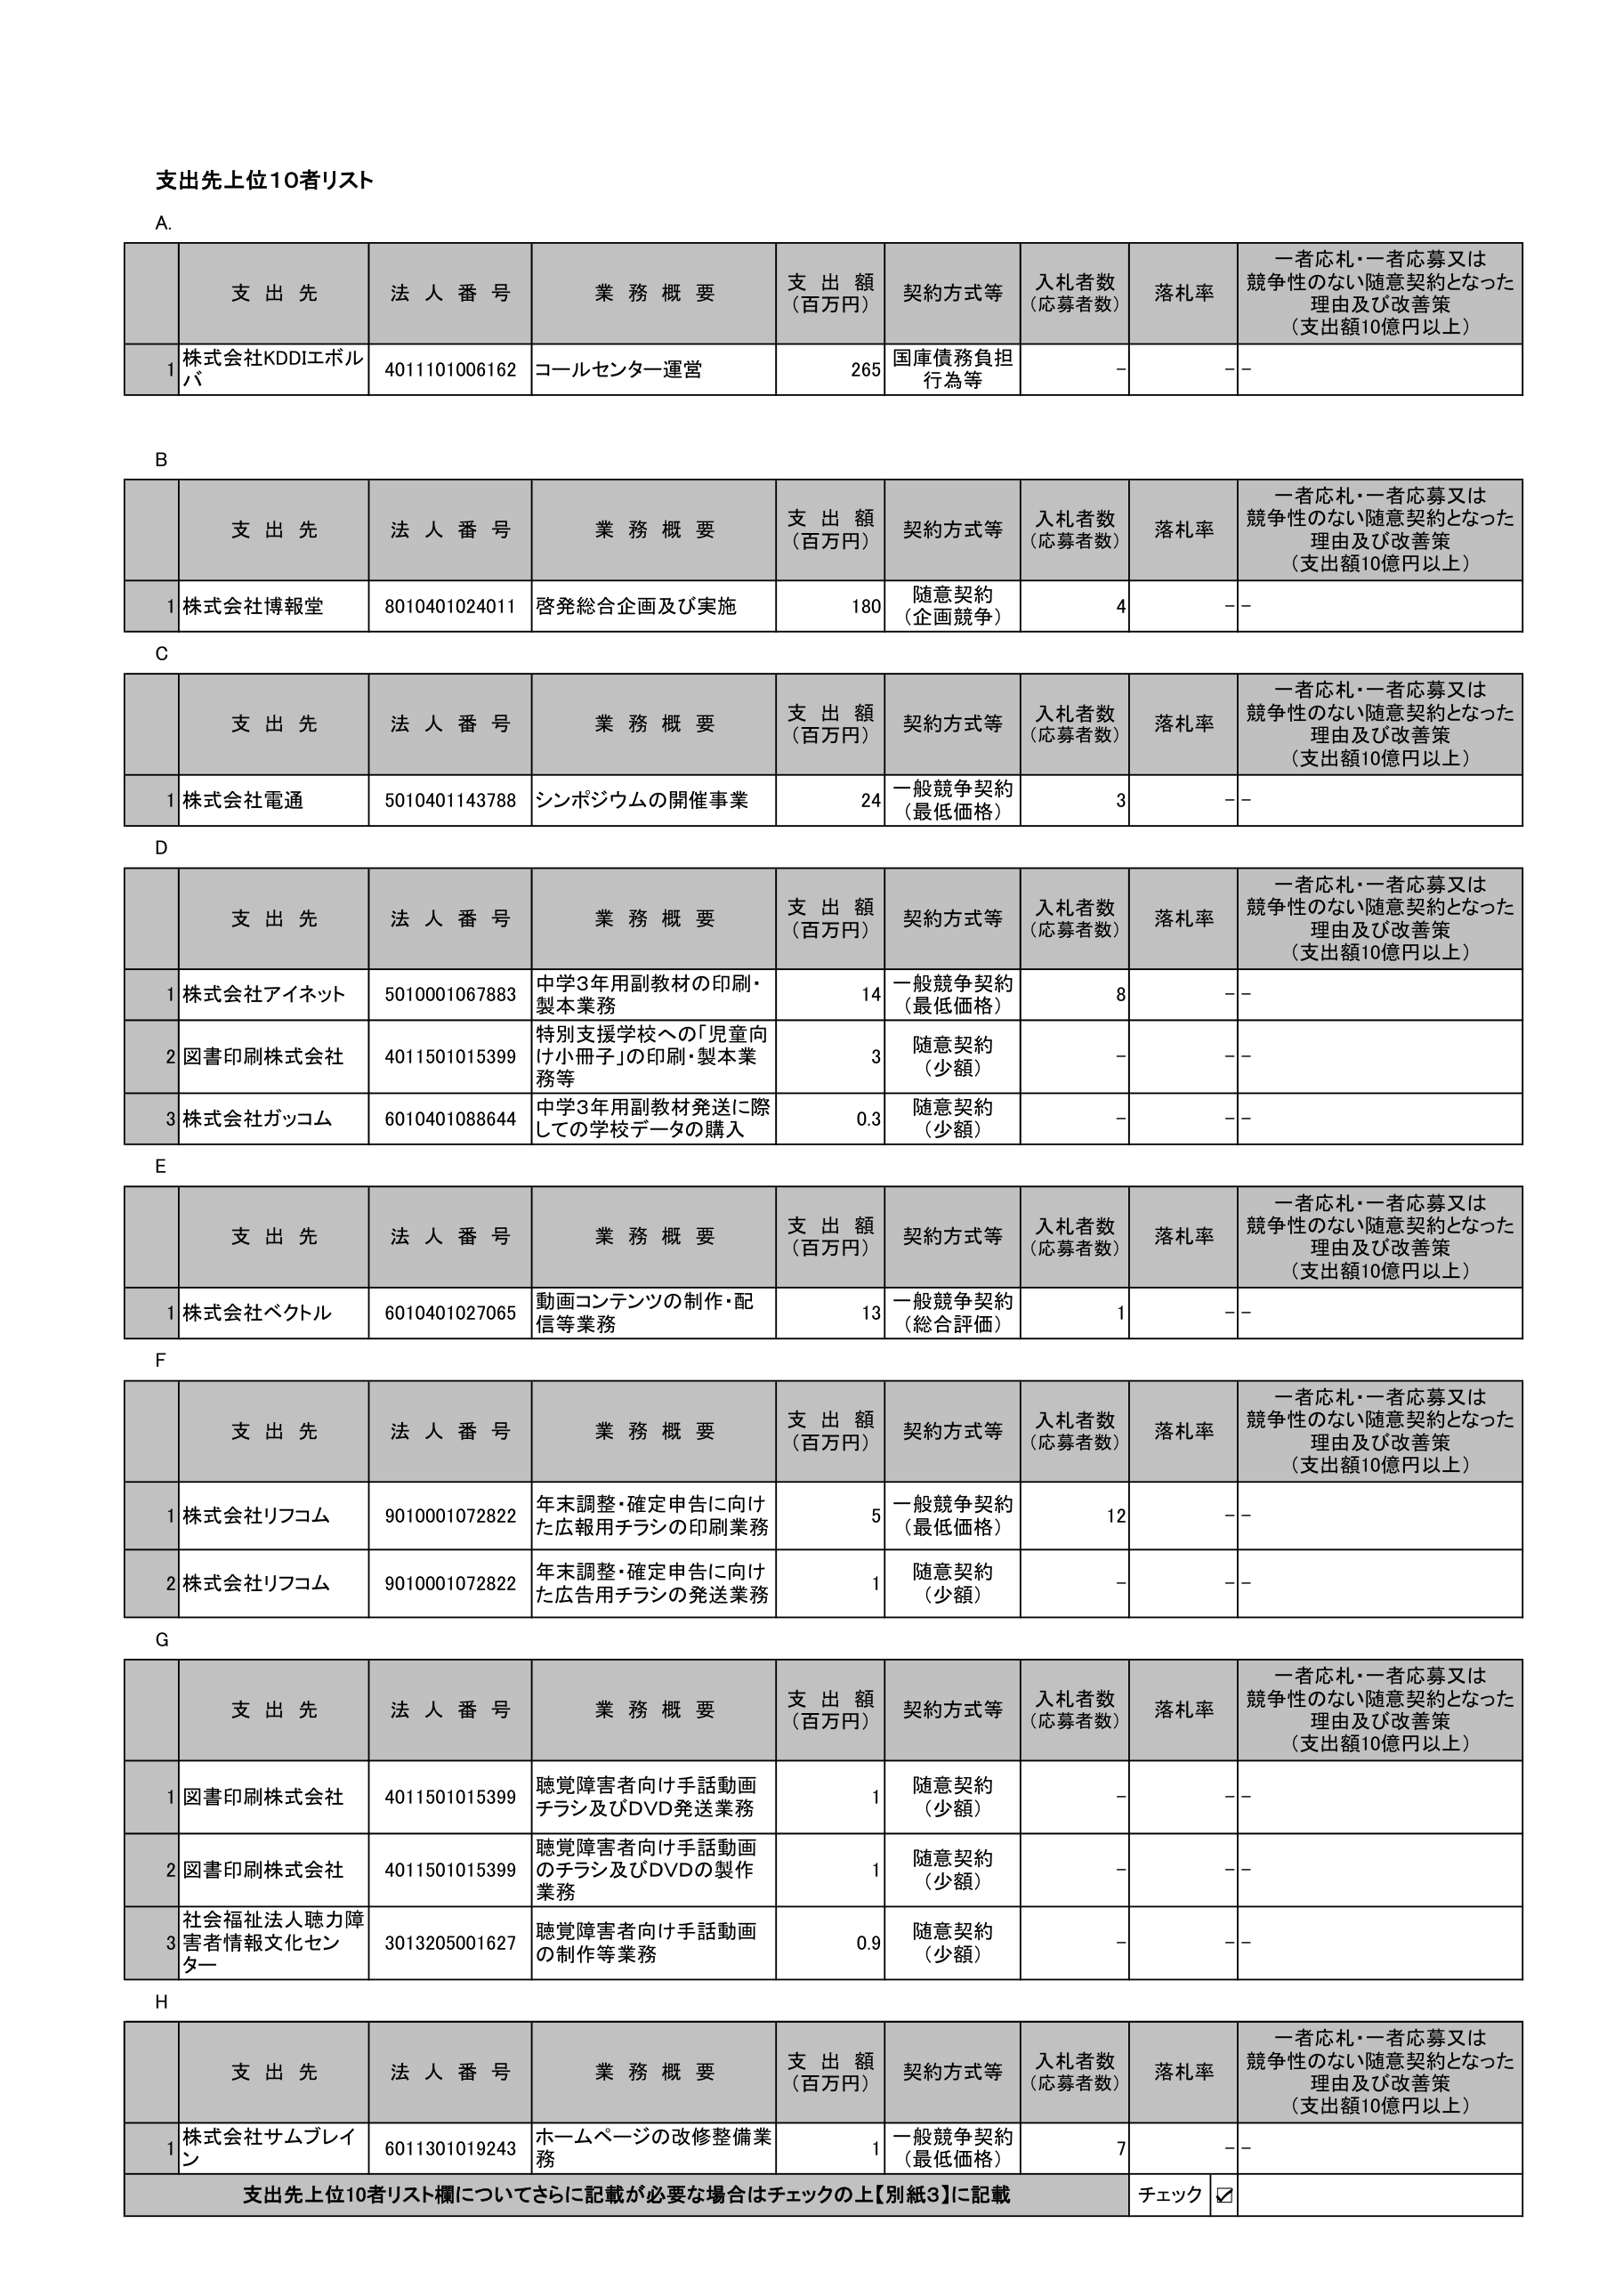
支出先上位10者リスト

A.
支 出 先 法 人 番 号 業 務 概 要 支 出 額 （百万円） 契約方式等 入札者数 （応募者数） 落札率 一者応札・一者応募又は 競争性のない随意契約となった 理由及び改善策 （支出額10億円以上）
1 株式会社KDDIエボルバ 4011101006162 コールセンター運営 265 国庫債務負担行為等 - - -

B
支 出 先 法 人 番 号 業 務 概 要 支 出 額 （百万円） 契約方式等 入札者数 （応募者数） 落札率 一者応札・一者応募又は 競争性のない随意契約となった 理由及び改善策 （支出額10億円以上）
1 株式会社博報堂 8010401024011 啓発総合企画及び実施 180 随意契約 （企画競争） 4 - -

C
支 出 先 法 人 番 号 業 務 概 要 支 出 額 （百万円） 契約方式等 入札者数 （応募者数） 落札率 一者応札・一者応募又は 競争性のない随意契約となった 理由及び改善策 （支出額10億円以上）
1 株式会社電通 5010401143788 シンポジウムの開催事業 24 一般競争契約 （最低価格） 3 - -

D
支 出 先 法 人 番 号 業 務 概 要 支 出 額 （百万円） 契約方式等 入札者数 （応募者数） 落札率 一者応札・一者応募又は 競争性のない随意契約となった 理由及び改善策 （支出額10億円以上）
1 株式会社アイネット 5010001067883 中学3年用副教材の印刷・製本業務 14 一般競争契約 （最低価格） 8 - -
2 図書印刷株式会社 4011501015399 特別支援学校への「児童向け小冊子」の印刷・製本業務等 3 随意契約 （少額） - - -
3 株式会社ガツコム 6010401088644 中学3年用副教材発送に際しての学校データの購入 0.3 随意契約 （少額） - - -

E
支 出 先 法 人 番 号 業 務 概 要 支 出 額 （百万円） 契約方式等 入札者数 （応募者数） 落札率 一者応札・一者応募又は 競争性のない随意契約となった 理由及び改善策 （支出額10億円以上）
1 株式会社ベクトル 6010401027065 動画コンテンツの制作・配信等業務 13 一般競争契約 （総合評価） 1 - -

F
支 出 先 法 人 番 号 業 務 概 要 支 出 額 （百万円） 契約方式等 入札者数 （応募者数） 落札率 一者応札・一者応募又は 競争性のない随意契約となった 理由及び改善策 （支出額10億円以上）
1 株式会社リフコム 9010001072822 年末調整・確定申告に向けた広報用チラシの印刷業務 5 一般競争契約 （最低価格） 12 - -
2 株式会社リフコム 9010001072822 年末調整・確定申告に向けた広告用チラシの発送業務 1 随意契約 （少額） - - -

G
支 出 先 法 人 番 号 業 務 概 要 支 出 額 （百万円） 契約方式等 入札者数 （応募者数） 落札率 一者応札・一者応募又は 競争性のない随意契約となった 理由及び改善策 （支出額10億円以上）
1 図書印刷株式会社 4011501015399 聴覚障害者向け手話動画チラシ及びDVD発送業務 1 随意契約 （少額） - - -
2 図書印刷株式会社 4011501015399 聴覚障害者向け手話動画のチラシ及びDVDの製作業務 1 随意契約 （少額） - - -
3 社会福祉法人聴力障害者情報文化センター 3013205001627 聴覚障害者向け手話動画の制作等業務 0.9 随意契約 （少額） - - -

H
支 出 先 法 人 番 号 業 務 概 要 支 出 額 （百万円） 契約方式等 入札者数 （応募者数） 落札率 一者応札・一者応募又は 競争性のない随意契約となった 理由及び改善策 （支出額10億円以上）
1 株式会社サムプレイ 6011301019243 ホームページの改修整備業務 1 一般競争契約 （最低価格） 7 - -
支出先上位10者リスト欄についてさらに記載が必要な場合はチェックの上【別紙3】に記載 チェック ☑